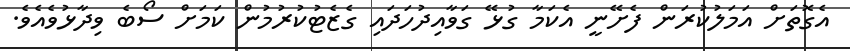
އެގޮތަށް އަމަލުކުރަން ފެށޭނީ އެކަމާ ގުޅޭ ގަވާއިދުހަދައި ގެޒެޓުކުރުމުން ކަމަށް ސޯބެ ވިދާޅުވެއެވެ.